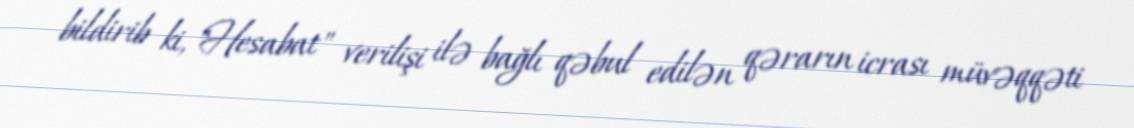
bildirib ki, "Hesabat" verilişi ilə bağlı qəbul edilən qərarın icrası müvəqqəti